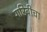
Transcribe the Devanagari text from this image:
गरिबीचा